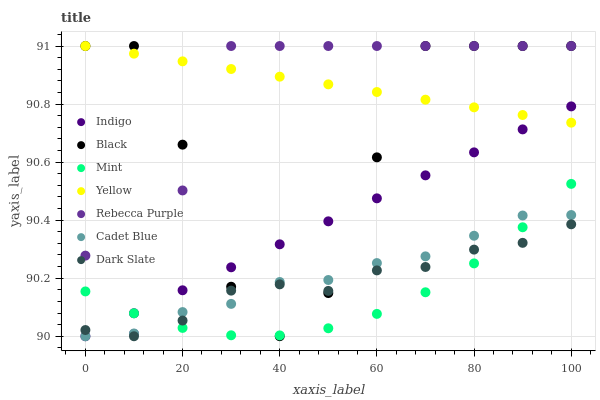
| xaxis_label | Indigo | Black | Mint | Yellow | Rebecca Purple | Cadet Blue | Dark Slate |
 | --- | --- | --- | --- | --- | --- | --- | --- |
 | 0 | 90 | 91 | 90.2 | 91 | 90.3 | 90 | 90 |
 | 10 | 90.1 | 91 | 90.1 | 91 | 90 | 90 | 90 |
 | 20 | 90.2 | 90.7 | 90 | 90.9 | 90.5 | 90.1 | 90.1 |
 | 30 | 90.2 | 90.2 | 90 | 90.9 | 91 | 90.1 | 90.2 |
 | 40 | 90.3 | 90 | 90 | 90.9 | 91 | 90.2 | 90.2 |
 | 50 | 90.4 | 90.1 | 90 | 90.9 | 91 | 90.2 | 90.2 |
 | 60 | 90.5 | 90.6 | 90.1 | 90.8 | 91 | 90.3 | 90.2 |
 | 70 | 90.6 | 91 | 90.2 | 90.8 | 91 | 90.3 | 90.2 |
 | 80 | 90.6 | 91 | 90.3 | 90.8 | 91 | 90.3 | 90.3 |
 | 90 | 90.7 | 91 | 90.4 | 90.8 | 91 | 90.4 | 90.3 |
 | 100 | 90.8 | 91 | 90.5 | 90.7 | 91 | 90.4 | 90.4 |